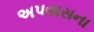
અપવાસના